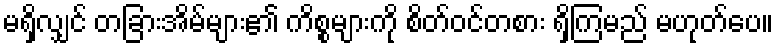
မရှိလျှင် တခြားအိမ်များ၏ ကိစ္စများကို စိတ်ဝင်တစား ရှိကြမည် မဟုတ်ပေ။